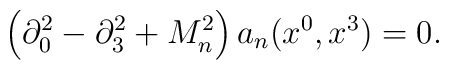
\left(\partial_0^2 -\partial_3^2 + M_n^2 \right) a_n(x^0, x^3) =0 .